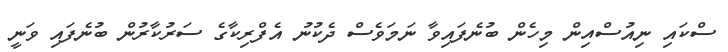
ސްކައި ނިއުސްއިން މިހެން ބުނެފައިވާ ނަމަވެސް ދެކުނު އެފްރިކާގެ ސަރުކާރުން ބުނެފައި ވަނީ